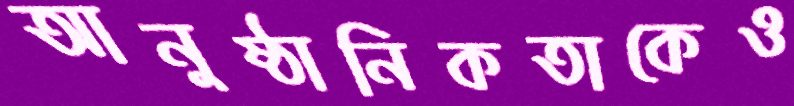
আনুষ্ঠানিকতাকেও